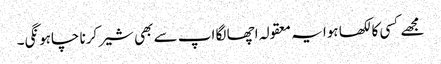
مجھے کسی کا لکھا ہوا یہ معقولہ اچھا لگا اپ سے بھی شیر کرنا چاہونگی۔